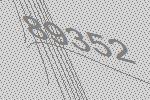
89352